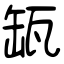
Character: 缻